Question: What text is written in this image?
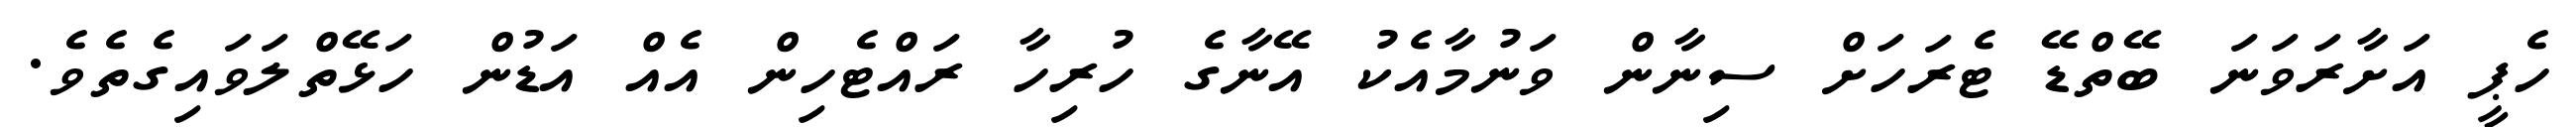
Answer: ހެޕީ އަށާރަވަނަ ބޭތްޑޭ ޓެރަހަށް ސިނާން ވަނުމާއެކު އޭނާގެ ހުރިހާ ރައްޓެހިން އެއް އަޑުން ހަޅޭތްލަވައިގެތެވެ.